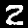
Label: 2